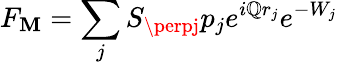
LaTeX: F_{\mathbf{M}}=\sum_{j}S_{\perpj}p_{j}e^{i\mathbb{Q}r_{j}}e^{-W_{j}}